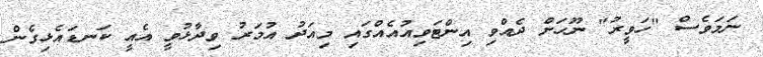
ނަމަވެސް "ހަވީރު" ނޫހަށް ދެއްވި އިންޓަވިއުއެއްގައި މިއަދު އުމަރު ވިދާޅުވީ އެއީ ކަނޑައެޅިގެން